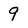
Character: 9